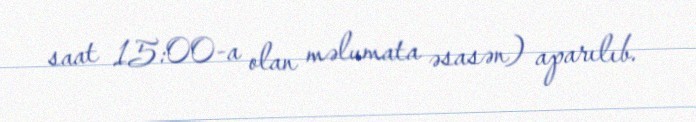
saat 15:00-a olan məlumata əsasən) aparılıb.